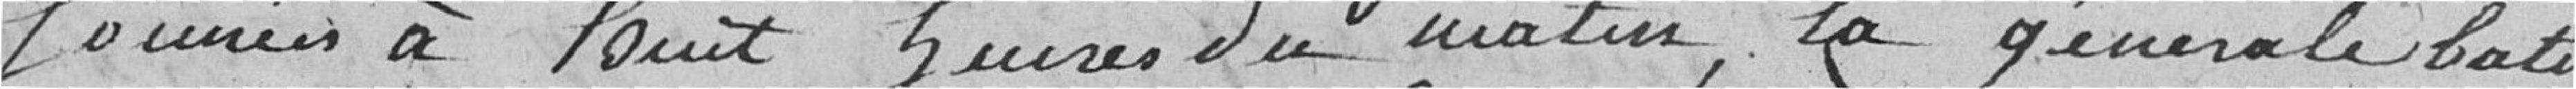
sonner à huit heures du matin, la générale